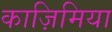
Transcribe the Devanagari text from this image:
काज़िमिया